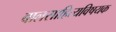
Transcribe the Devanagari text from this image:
बालसाहित्यविषयक